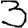
Digit: 3